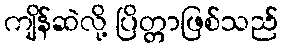
ကျိန်ဆဲလို့ ပြိတ္တာဖြစ်သည်